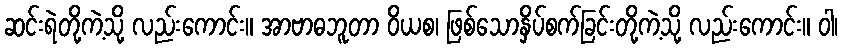
ဆင်းရဲတို့ကဲ့သို့ လည်းကောင်း။ အာဗာဓဘူတာ ဝိယစ၊ ဖြစ်သောနှိပ်စက်ခြင်းတို့ကဲ့သို့ လည်းကောင်း။ ဝါ၊